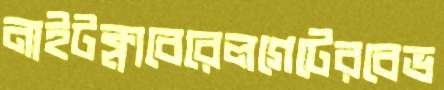
নাইটক্লাবেরেলগেটেরবেভ